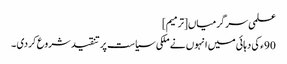
علمی سرگرمیاں[ترمیم]
90ء کی دہائی میں انہوں نے ملکی سیاست پر تنقید شروع کر دی ۔